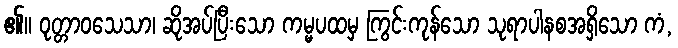
၏။ ဝုတ္တာဝသေသာ၊ ဆိုအပ်ပြီးသော ကမ္မပထမှ ကြွင်းကုန်သော သုရာပါနစအရှိသော ကံ,